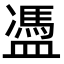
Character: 𥂳